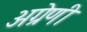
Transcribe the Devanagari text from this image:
अग्रेणी